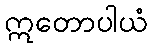
ဣတောပါယံ